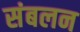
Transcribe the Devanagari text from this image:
संबलन